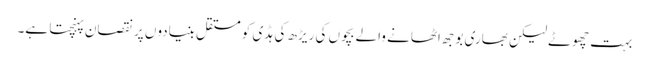
بہت چھوٹے لیکن بھاری بوجھ اٹھانے والے بچوں کی ریڑھ کی ہڈی کو مستقل بنیادوں پر نقصان پہنچتا ہے۔